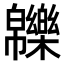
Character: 𤾾